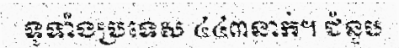
ទូទាំងប្រទេស ៤៤៣នាក់។ ជំនួប